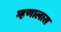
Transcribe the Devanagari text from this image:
म्हणालास